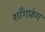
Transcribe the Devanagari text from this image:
शाँगफ़ंग